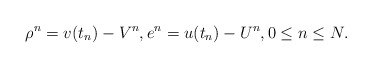
\begin{align*} \rho^n = v(t_n) - V^n, e^n = u(t_n) - U^n, 0 \leq n \leq N. \end{align*}